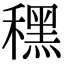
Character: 䆀